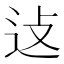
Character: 𬨞